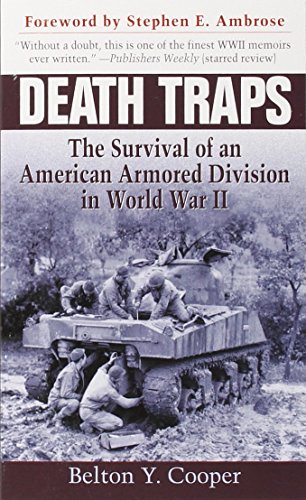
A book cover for Death Traps: The Survival of an American Armored Division in World War II; Belton Y. Cooper; Literature & Fiction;